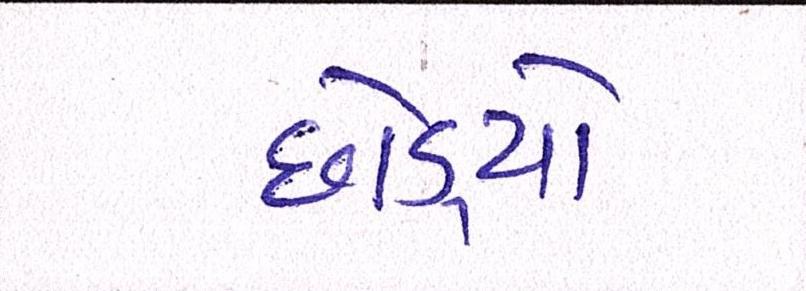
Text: છોડ્યો